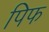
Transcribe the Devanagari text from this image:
पिफ